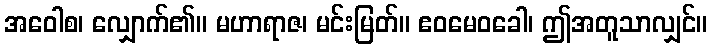
အဝေါစ၊ လျှောက်၏။ မဟာရာဇ၊ မင်းမြတ်။ ဧဝမေဝခေါ၊ ဤအတူသာလျှင်။